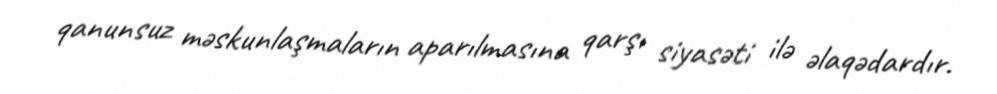
qanunsuz məskunlaşmaların aparılmasına qarşı siyasəti ilə əlaqədardır.